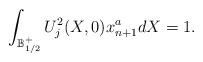
LaTeX: \begin{align*}\int_{\mathbb B_{1/2}^+} U_j^2 (X, 0)x_{n+1}^a dX=1.\end{align*}